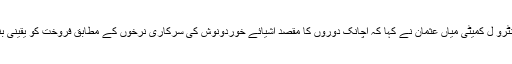
اس موقع پر میڈیا سے گفتگو کرتے ہوئے چیئرمین پرائس کنٹرو ل کمیٹی میاں عثمان نے کہا کہ اچانک دوروں کا مقصد اشیائے خوردونوش کی سرکاری نرخوں کے مطابق فروخت کو یقینی بنانا ہے اور اس کیلئے کوئی کسر اٹھا نہیں رکھی جائے گی ۔